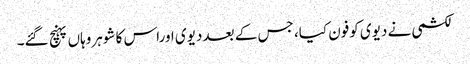
لکشمی نے دیوی کوفون کیا، جس کے بعد دیوی اوراس کا شوہروہاں پہنچ گئے۔